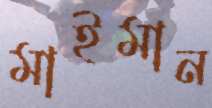
মাইমান